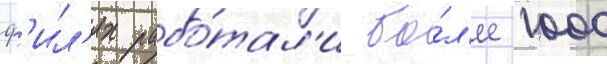
ф'ил'ях рабо́тал'и бо́л'ее 1000